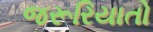
જરૂરિયાતો